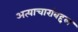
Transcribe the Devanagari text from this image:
अत्याचारांबद्दल